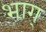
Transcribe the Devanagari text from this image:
भाग्